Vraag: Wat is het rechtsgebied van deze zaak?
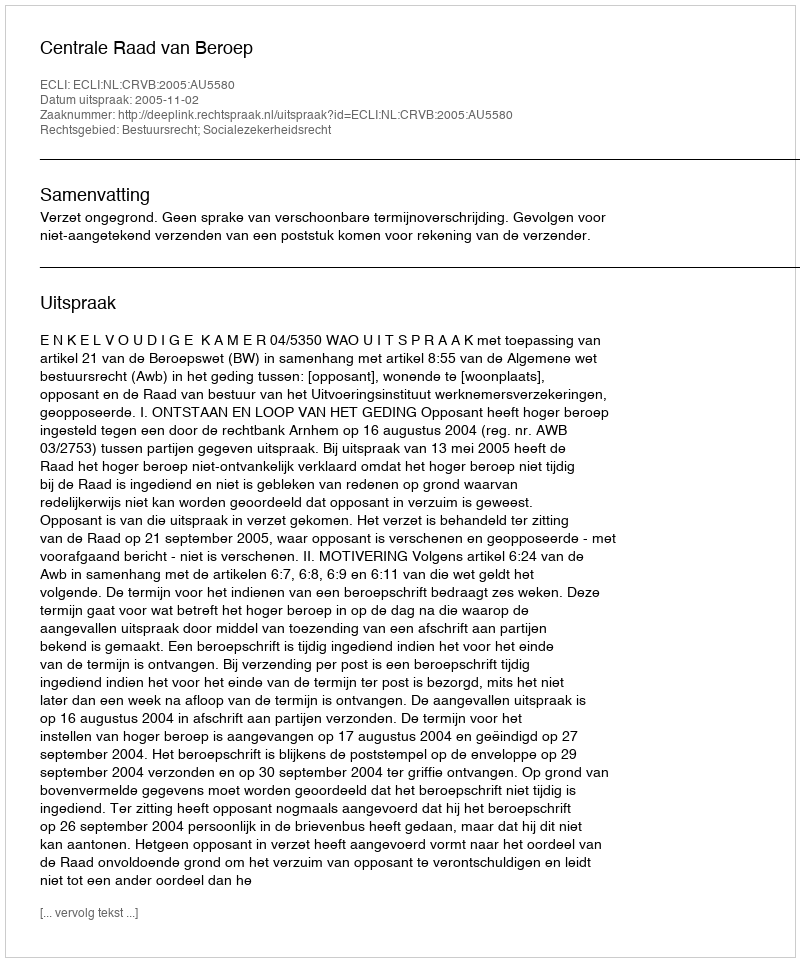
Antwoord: Bestuursrecht; Socialezekerheidsrecht